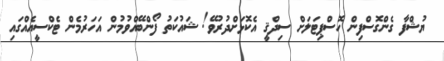
ޔުޝްފާ ގެންގޮސްފިން ހޮސްޕިޓަލަށް ސިދްޤީ އެކޮޅަށްދުރުވޭ! ޝައުކަތު ފޯންބޭއްވުމުން އަހަރުމެން ޓެކްސީއެއްގައި